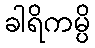
ခါရိကမ္ပိ